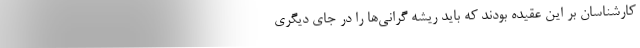
کارشناسان بر این عقیده بودند که باید ریشه گرانی‌ها را در جای دیگری